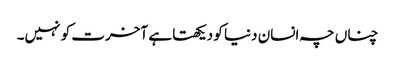
چناں چہ انسان دنیا کو دیکھتا ہے آخرت کو نہیں۔